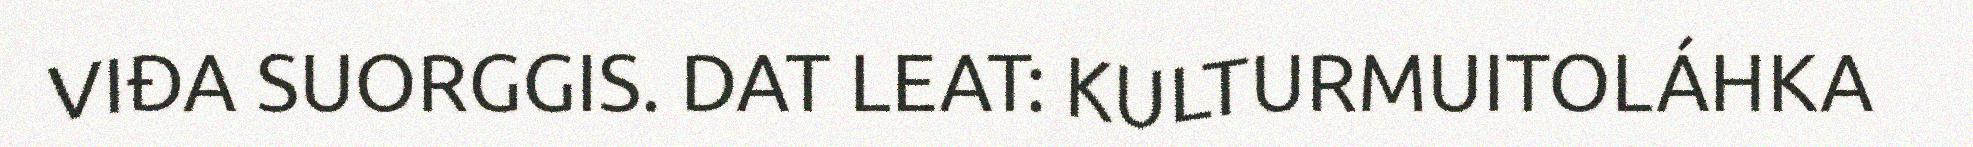
VIĐA SUORGGIS. DAT LEAT: KULTURMUITOLÁHKA